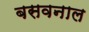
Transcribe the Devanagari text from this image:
बसवनाल